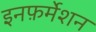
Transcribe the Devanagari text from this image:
इनफ़र्मेशन